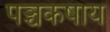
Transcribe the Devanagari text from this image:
पञ्चकषाय